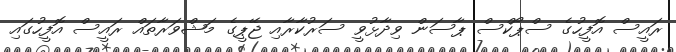
ރައީސް އޮފީހުގެ ސްޕޯކްސް ޕާސަން ވިދާޅުވީ ސަރުކާރާއި ޖޭޕީގެ މަޝްވަރާތައް ރައީސް އޮފީހުގައި